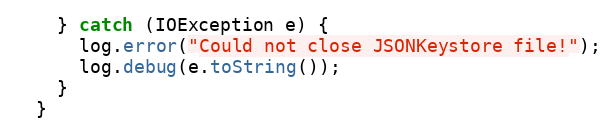
Language: Java
    } catch (IOException e) {
      log.error("Could not close JSONKeystore file!");
      log.debug(e.toString());
    }
  }